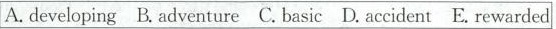
A. developing B.Adventure C. Basic D. Accident E. Rewarded